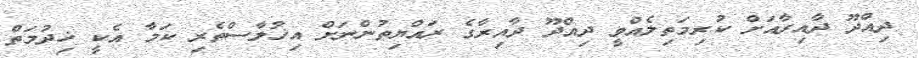
ދިއްދޫ ދާއިރާއަށް ކުރިމަތިލެއްވީ ދިއްދޫ ދާއިރާގެ ރައްޔިތުންނަށް އިޚުލާސްތެރި ކަމާ އެކީ ޚިދުމަތް